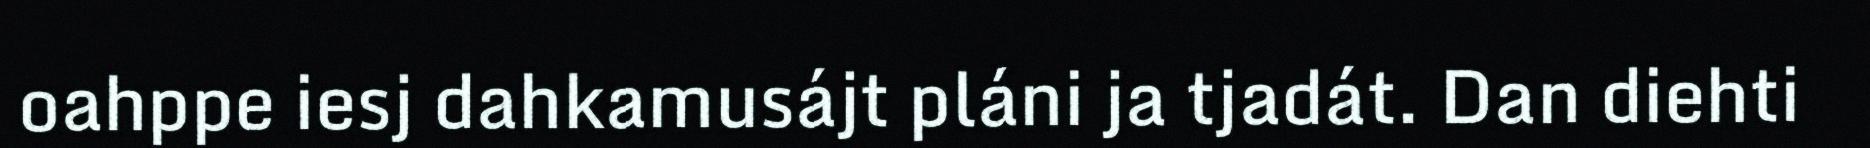
oahppe iesj dahkamusájt pláni ja tjadát. Dan diehti